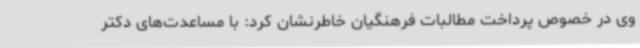
وی در خصوص پرداخت مطالبات فرهنگیان خاطرنشان کرد: با مساعدت‌های دکتر